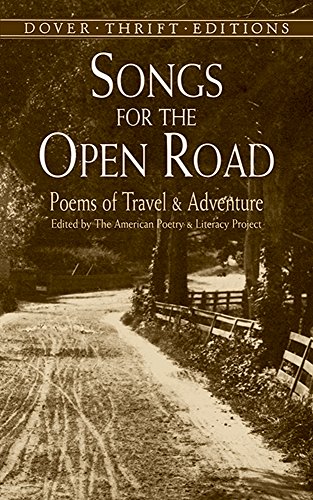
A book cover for Songs for the Open Road: Poems of Travel and Adventure (Dover Thrift Editions); Humor & Entertainment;